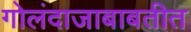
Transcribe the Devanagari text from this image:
गोलंदाजाबाबतीत